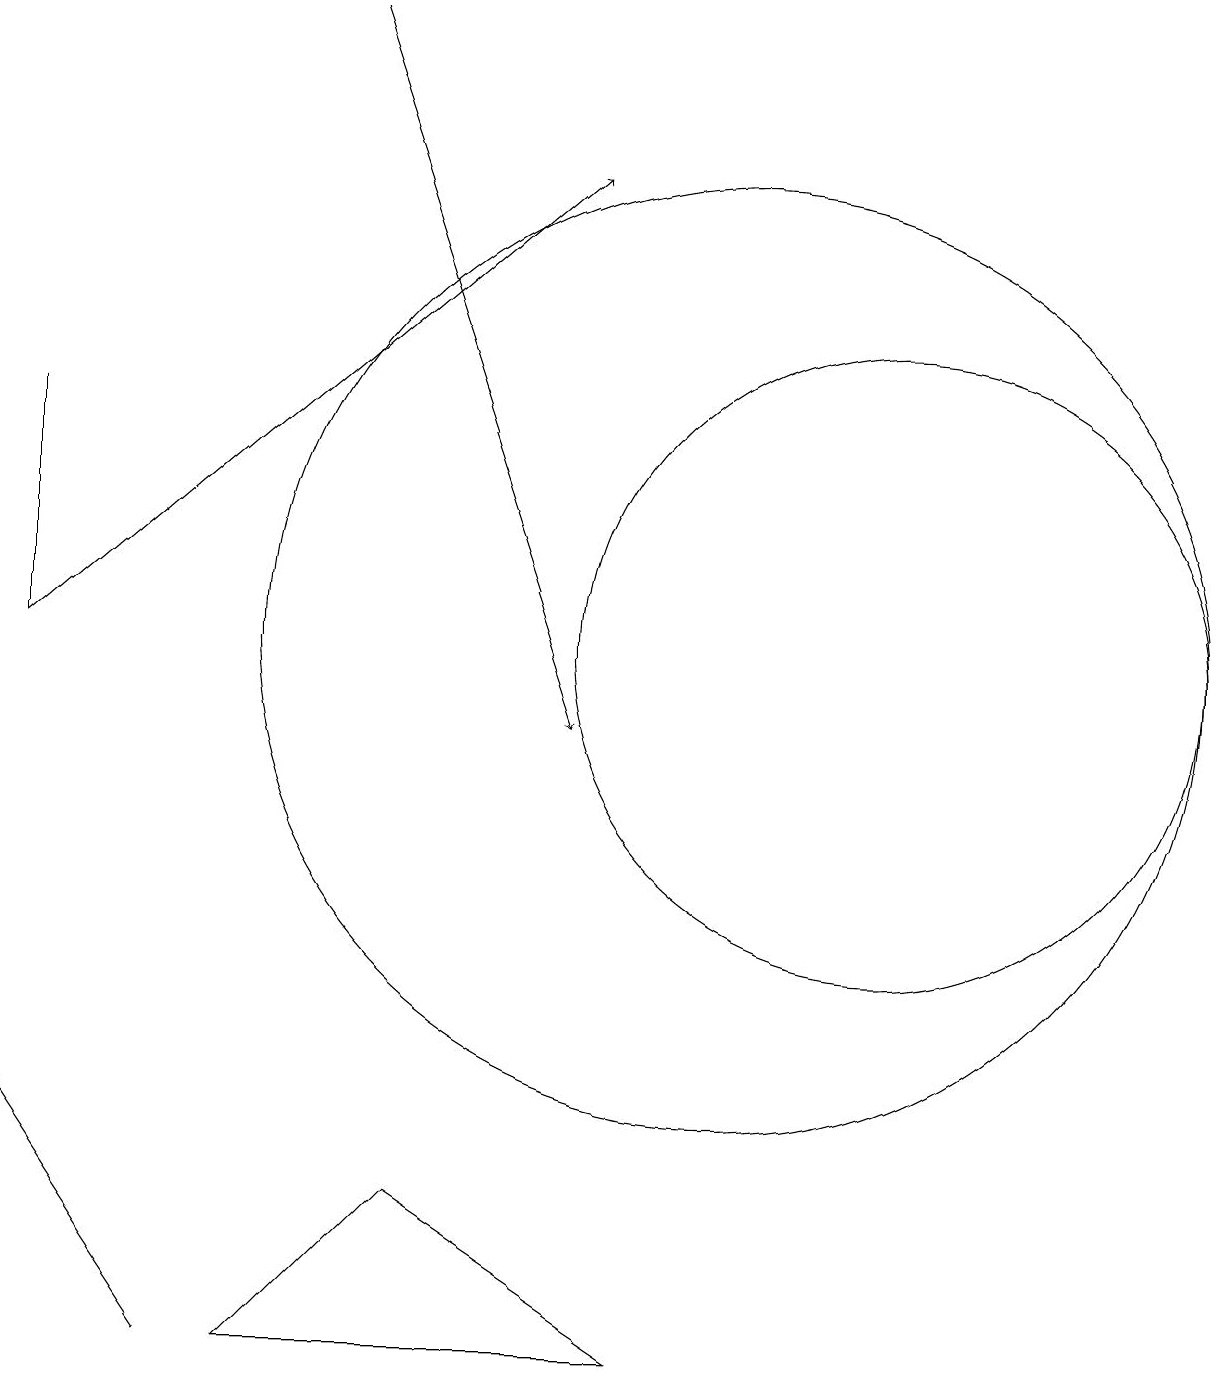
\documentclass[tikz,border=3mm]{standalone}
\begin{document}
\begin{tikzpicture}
\draw (10,11) circle (6);
\draw (1,11) rectangle (1,14);
\draw (6,4) -- (4,2) -- (9,2) -- cycle;
\draw[->] (1,11) -- (8,17);
\draw (3,2) -- (1,5) -- (1,5) -- cycle;
\draw[->] (5,19) -- (8,10);
\draw (12,11) circle (4);
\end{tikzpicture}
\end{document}